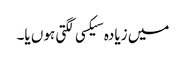
میں زیادہ سیکسی لگتی ہوں یا۔